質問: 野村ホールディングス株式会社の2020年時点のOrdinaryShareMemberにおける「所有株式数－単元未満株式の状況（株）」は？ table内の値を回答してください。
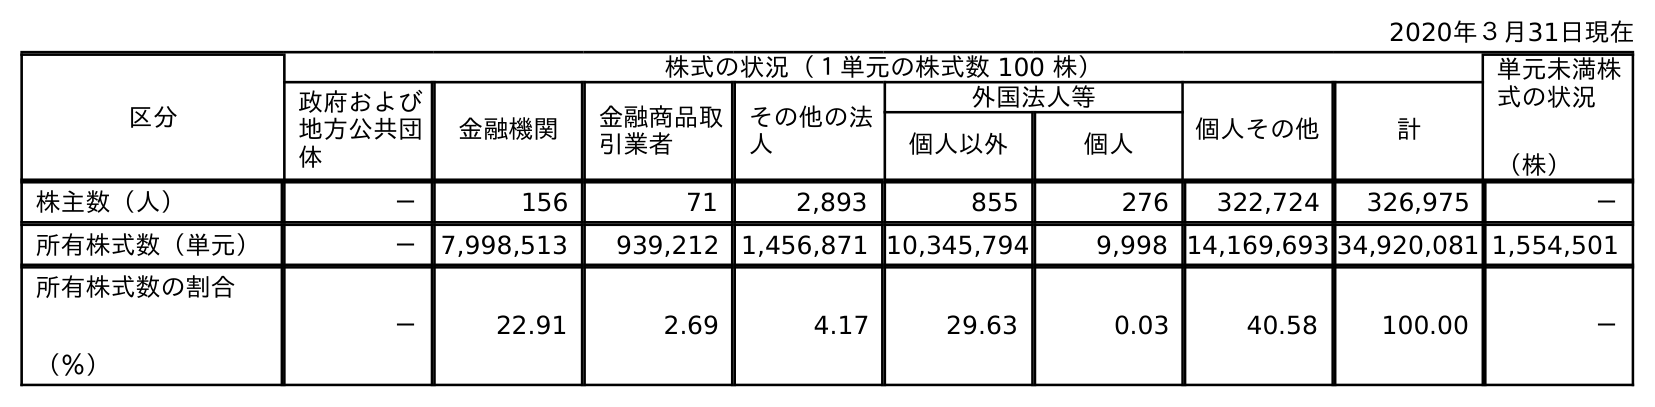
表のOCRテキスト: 2020年３月31日現在 区分 株式の状況（１単元の株式数 100 株） 単元未満株 式の状況 （株） 政府および 地方公共団 体 金融機関 金融商品取 引業者 その他の法 人 外国法人等 個人その他 計 個人以外 個人 株主数（人） － 156 71 2,893 855 276 322,724 326,975 － 所有株式数（単元） － 7,998,513 939,212 1,456,871 10,345,794 9,998 14,169,693 34,920,081 1,554,501 所有株式数の割合 （％） － 22.91 2.69 4.17 29.63 0.03 40.58 100.00 －
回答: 1,554,501